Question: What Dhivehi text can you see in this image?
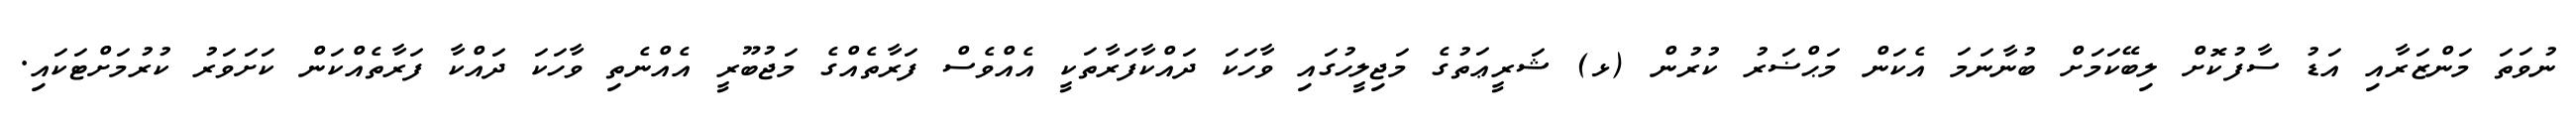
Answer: ނުވަތަ މަންޒަރާއި އަޑު ސާފުކޮށް ލިބޭކަމަށް ބުނާނަމަ އެކަން މަޙްޟަރު ކުރުން (ޅ) ޝަރީޢަތުގެ މަޖިލީހުގައި ވާހަކަ ދައްކާފަރާތަކީ އެއްވެސް ފަރާތެއްގެ މަޖުބޫރީ އެއްނެތި ވާހަކަ ދައްކާ ފަރާތެއްކަން ކަށަވަރު ކުރުމަށްޓަކައި.